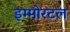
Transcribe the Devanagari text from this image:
इम्मोरटल